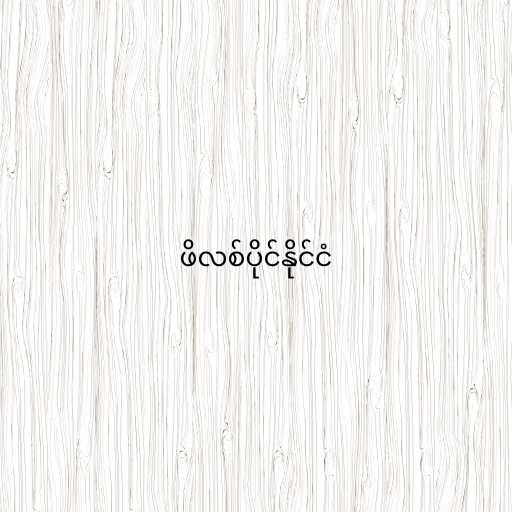
ဖိလစ်ပိုင်နိုင်ငံ